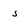
Character: 5